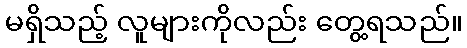
မရှိသည့် လူများကိုလည်း တွေ့ရသည်။